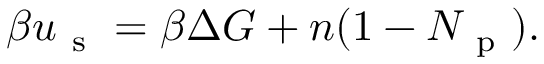
\beta u _ { \mathrm { ~ s ~ } } = \beta \Delta G + n ( 1 - N _ { \mathrm { ~ p ~ } } ) .